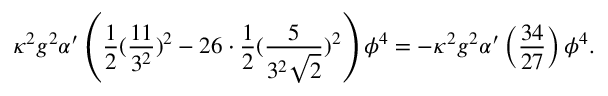
\kappa ^ { 2 } g ^ { 2 } \alpha ^ { \prime } \left( \frac { 1 } { 2 } ( \frac { 1 1 } { 3 ^ { 2 } } ) ^ { 2 } - 2 6 \cdot \frac { 1 } { 2 } ( \frac { 5 } { 3 ^ { 2 } \sqrt { 2 } } ) ^ { 2 } \right) \phi ^ { 4 } = - \kappa ^ { 2 } g ^ { 2 } \alpha ^ { \prime } \left( \frac { 3 4 } { 2 7 } \right) \phi ^ { 4 } .